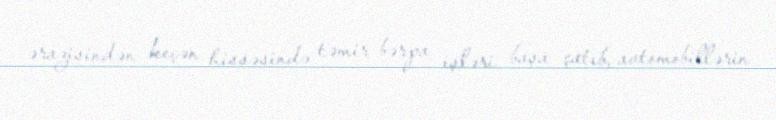
ərazisindən keçən hissəsində təmir-bərpa işləri başa çatıb, avtomobillərin